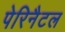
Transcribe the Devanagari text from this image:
पेरिनैटल